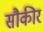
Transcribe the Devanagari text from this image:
सौकीर